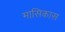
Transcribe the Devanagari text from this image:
मासिकास